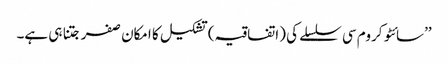
’’سائٹو کروم سی سلسلے کی (اتفاقیہ) تشکیل کا امکان صفر جتنا ہی ہے۔